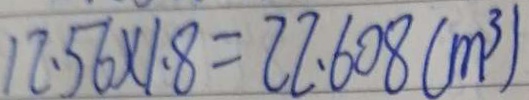
1 2 . 5 6 \times 1 . 8 = 2 2 . 6 0 8 ( m ^ { 3 } )